Vabadussoja_Ajaloo_Komitee, lk 65
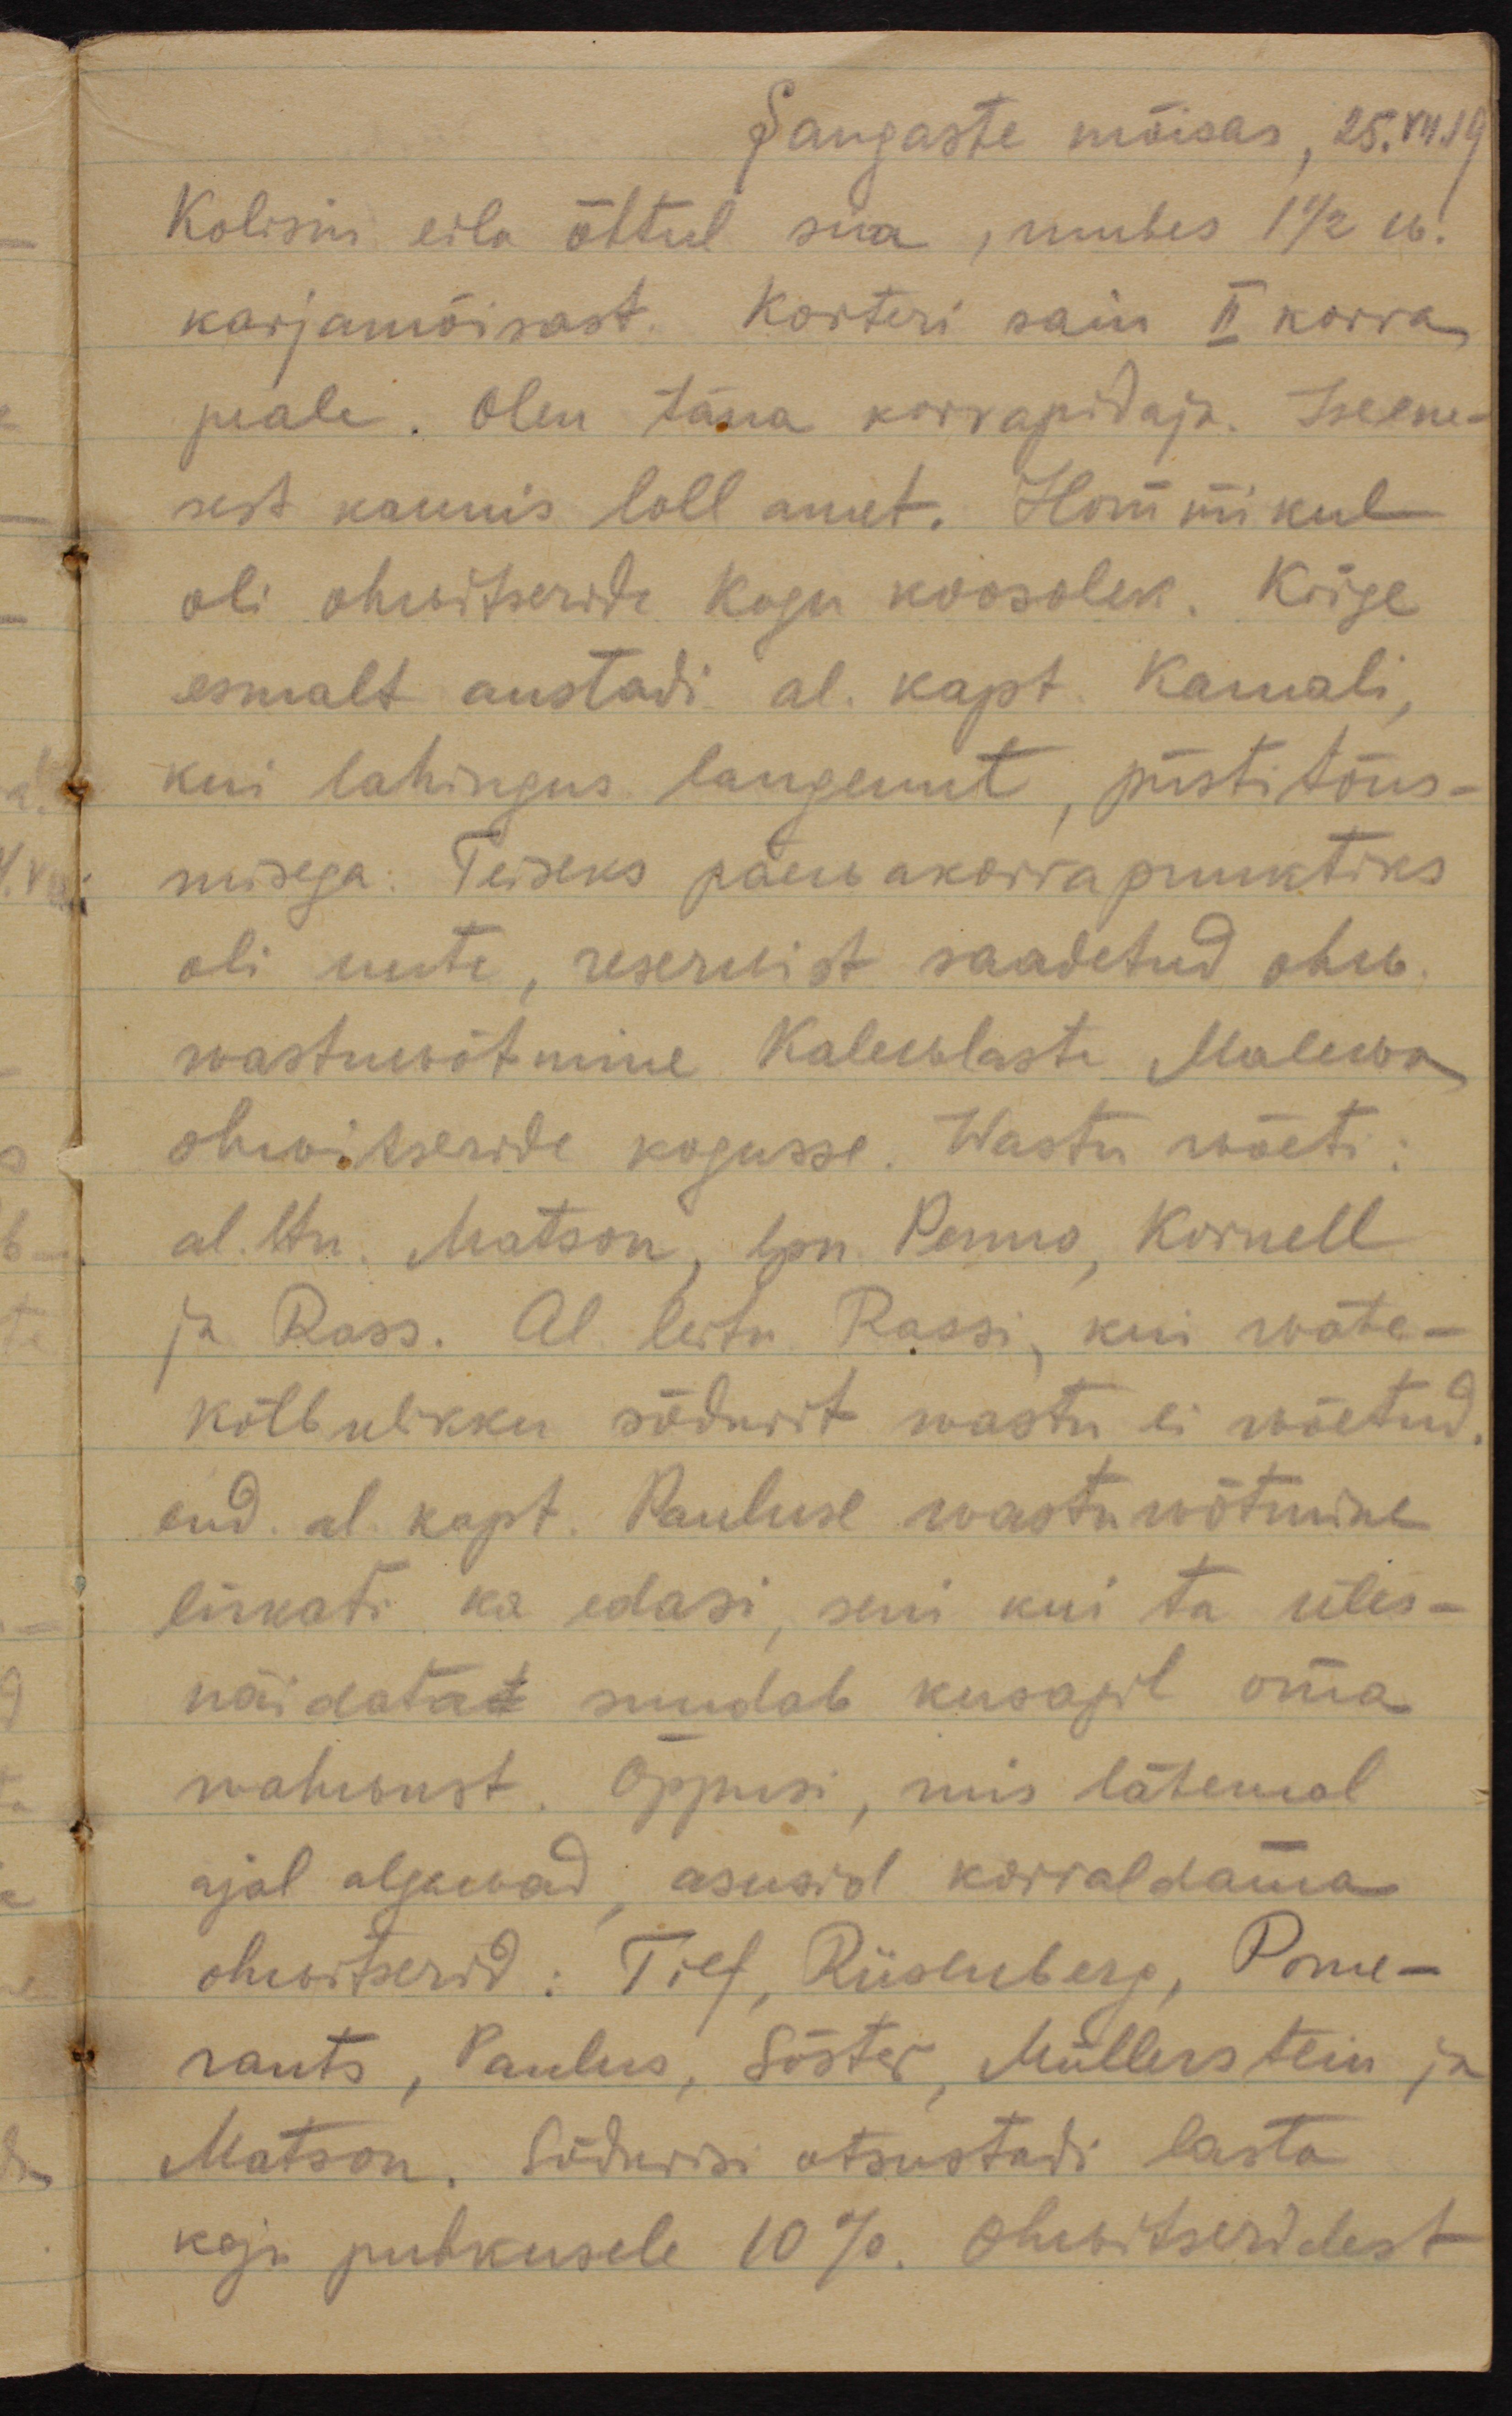
Sangaste mõisas, 25.VII.19.
Kolisin eila õhtul siia, umbes 1 1/2 w.
karjamõisast. Korteri sain II korra
peale. Olen täna korrapidaja. Iseene-
sest kaunis loll amet. Hommikul
oli ohwitseride kogu koosolek. Kõige
esmalt austati al. kapt Kamali, 
kui lahingus langenut, püstitõus-
misega. Teiseks päevakorrapunktiks
oli uute, reserwist saadetud ohw. 
vastuvõtmine Kalewlaste Malewa 
ohwitseride kogusse. Wastu wõeti:
al. ltn Matson, lpn Penno, Kornell
ja Ross. Al. leitn Rossi, kui wähe-
kõlbulikku sõdurit wastu ei wõetud. 
end. al. kapt. Pauluse wastuwõtmine
lükati ka edasi, seni kui ta üles-
näidata suudab kusagil oma
wahwust. Õppusi, mis lähemal
ajal algavad, asusid korraldama
ohwitserid: Tief, Riisenberg, Pome-
rants, Paulus, Sõster, Müllerstein ja
Matson. Sõdurisi otsustati lasta
koju puhkusele 10%. Ohwitseridest